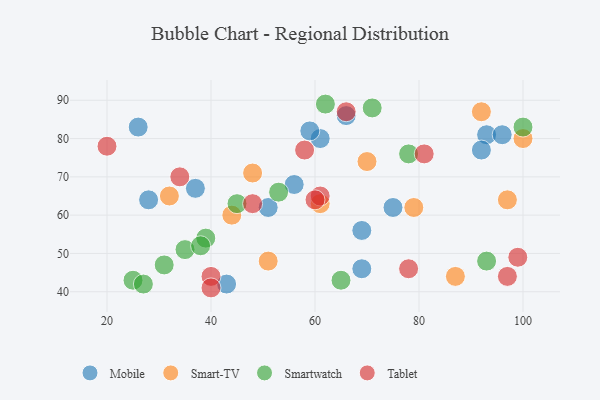
{"axis": {"x": "GDP", "y": "Life Expectancy"}, "legend": ["Mobile", "Smart-TV", "Smartwatch", "Tablet"], "data": [{"x": "51", "y": 62, "type": "Mobile"}, {"x": "93", "y": 81, "type": "Mobile"}, {"x": "28", "y": 64, "type": "Mobile"}, {"x": "96", "y": 81, "type": "Mobile"}, {"x": "92", "y": 77, "type": "Mobile"}, {"x": "43", "y": 42, "type": "Mobile"}, {"x": "61", "y": 80, "type": "Mobile"}, {"x": "59", "y": 82, "type": "Mobile"}, {"x": "26", "y": 83, "type": "Mobile"}, {"x": "69", "y": 56, "type": "Mobile"}, {"x": "37", "y": 67, "type": "Mobile"}, {"x": "75", "y": 62, "type": "Mobile"}, {"x": "66", "y": 86, "type": "Mobile"}, {"x": "69", "y": 46, "type": "Mobile"}, {"x": "56", "y": 68, "type": "Mobile"}, {"x": "100", "y": 80, "type": "Smart-TV"}, {"x": "51", "y": 48, "type": "Smart-TV"}, {"x": "32", "y": 65, "type": "Smart-TV"}, {"x": "92", "y": 87, "type": "Smart-TV"}, {"x": "61", "y": 63, "type": "Smart-TV"}, {"x": "70", "y": 74, "type": "Smart-TV"}, {"x": "79", "y": 62, "type": "Smart-TV"}, {"x": "44", "y": 60, "type": "Smart-TV"}, {"x": "48", "y": 71, "type": "Smart-TV"}, {"x": "87", "y": 44, "type": "Smart-TV"}, {"x": "97", "y": 64, "type": "Smart-TV"}, {"x": "45", "y": 63, "type": "Smartwatch"}, {"x": "25", "y": 43, "type": "Smartwatch"}, {"x": "62", "y": 89, "type": "Smartwatch"}, {"x": "65", "y": 43, "type": "Smartwatch"}, {"x": "53", "y": 66, "type": "Smartwatch"}, {"x": "31", "y": 47, "type": "Smartwatch"}, {"x": "78", "y": 76, "type": "Smartwatch"}, {"x": "93", "y": 48, "type": "Smartwatch"}, {"x": "100", "y": 83, "type": "Smartwatch"}, {"x": "39", "y": 54, "type": "Smartwatch"}, {"x": "27", "y": 42, "type": "Smartwatch"}, {"x": "71", "y": 88, "type": "Smartwatch"}, {"x": "35", "y": 51, "type": "Smartwatch"}, {"x": "38", "y": 52, "type": "Smartwatch"}, {"x": "97", "y": 44, "type": "Tablet"}, {"x": "81", "y": 76, "type": "Tablet"}, {"x": "20", "y": 78, "type": "Tablet"}, {"x": "48", "y": 63, "type": "Tablet"}, {"x": "40", "y": 44, "type": "Tablet"}, {"x": "61", "y": 65, "type": "Tablet"}, {"x": "99", "y": 49, "type": "Tablet"}, {"x": "40", "y": 41, "type": "Tablet"}, {"x": "58", "y": 77, "type": "Tablet"}, {"x": "66", "y": 87, "type": "Tablet"}, {"x": "34", "y": 70, "type": "Tablet"}, {"x": "78", "y": 46, "type": "Tablet"}, {"x": "60", "y": 64, "type": "Tablet"}]}